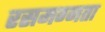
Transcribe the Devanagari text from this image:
रसमग्नता